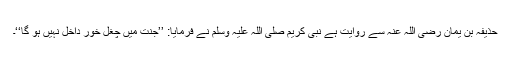
حذیفہ بن یمان رضی اللہ عنہ سے روایت ہے نبی کریم صلی اللہ علیہ وسلم نے فرمایا: ’’جنت میں چغل خور داخل نہیں ہو گا‘‘۔